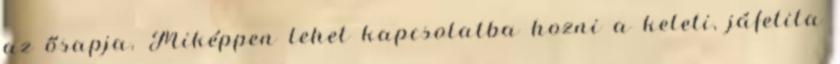
az ősapja. Miképpen lehet kapcsolatba hozni a keleti, jáfetita